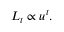
L _ { t } \propto u ^ { t } .